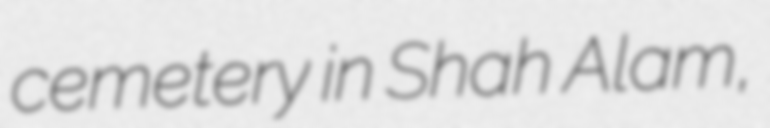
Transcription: cemetery in Shah Alam,